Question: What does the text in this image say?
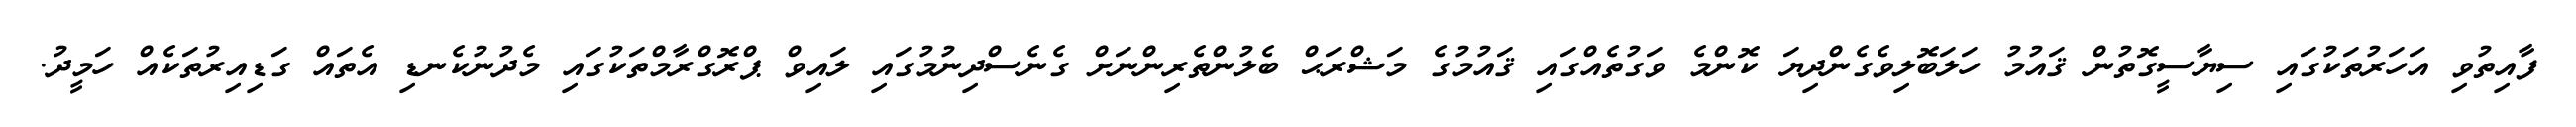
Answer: ފާއިތުވި އަހަރުތަކުގައި ސިޔާސީގޮތުން ޤައުމު ހަލަބޮލިވެގެންދިޔަ ކޮންމެ ވަގުތެއްގައި ޤައުމުގެ މަޝްރަޙް ބެލުންތެރިންނަށް ގެނެސްދިނުމުގައި ލައިވް ޕްރޮގްރާމްތަކުގައި މެދުނުކެނޑި އެތައް ގަޑިއިރުތަކެއް ހަމީދު.